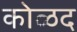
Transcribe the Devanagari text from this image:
कोळद